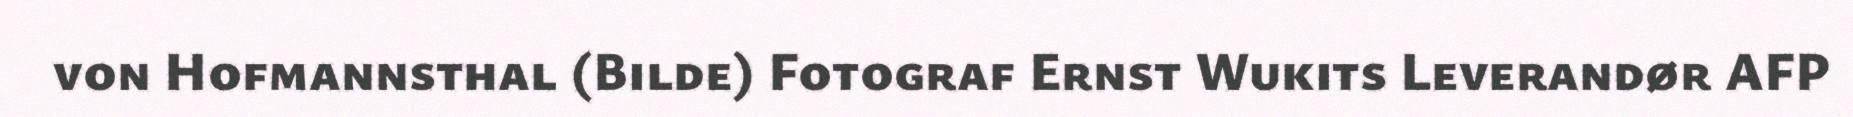
von Hofmannsthal (Bilde) Fotograf Ernst Wukits Leverandør AFP